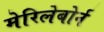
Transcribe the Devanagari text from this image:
मेरिलेबोर्न